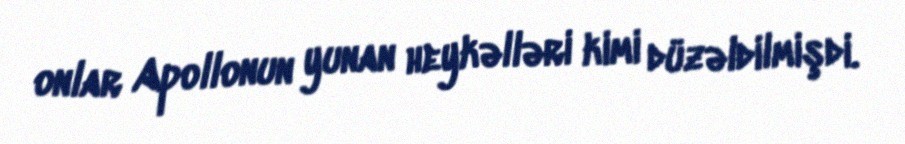
onlar Apollonun yunan heykəlləri kimi düzəldilmişdi.